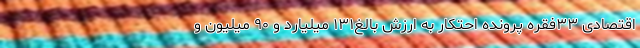
اقتصادی ۳۳فقره پرونده احتکار به ارزش بالغ۱۳۱ میلیارد و ۹۰ میلیون و